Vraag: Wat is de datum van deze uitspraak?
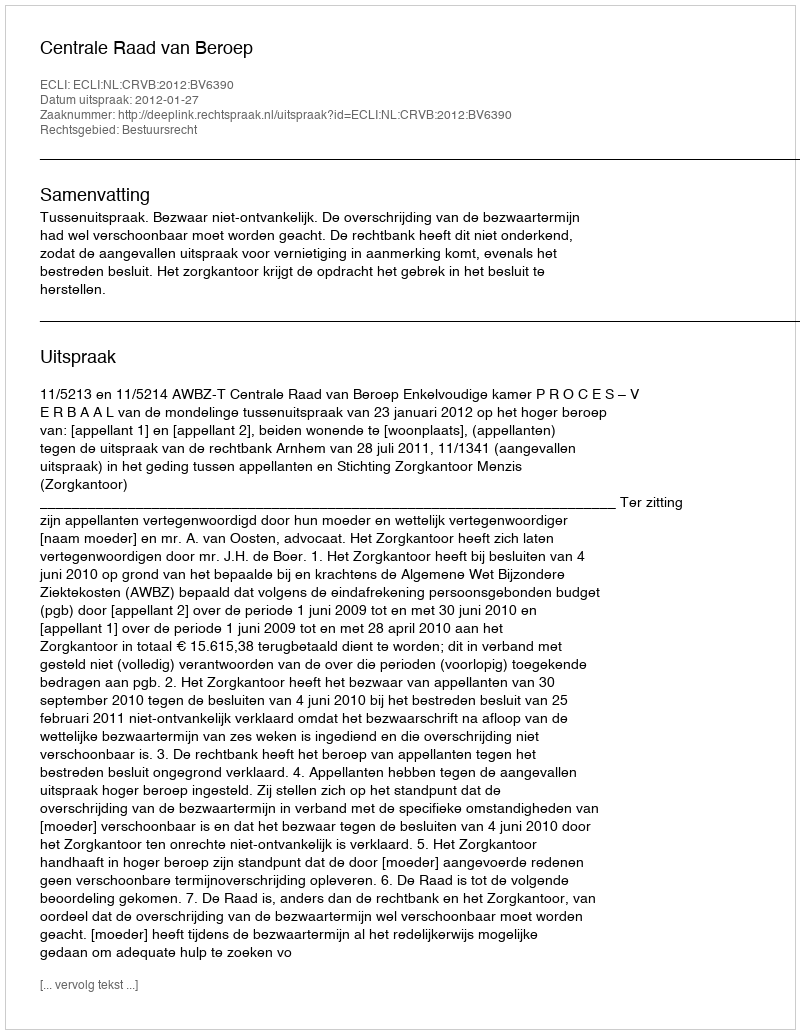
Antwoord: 2012-01-27